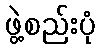
ဖွဲ့စည်းပုံ